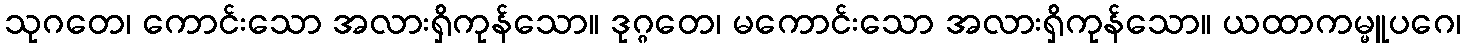
သုဂတေ၊ ကောင်းသော အလားရှိကုန်သော။ ဒုဂ္ဂတေ၊ မကောင်းသော အလားရှိကုန်သော။ ယထာကမ္မူပဂေ၊